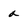
Character: a